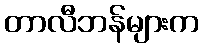
တာလီဘန်များက